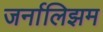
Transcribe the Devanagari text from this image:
जर्नालिझम